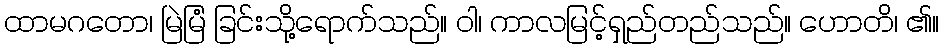
ထာမဂတော၊ မြဲမြံ ခြင်းသို့ရောက်သည်။ ဝါ၊ ကာလမြင့်ရှည်တည်သည်။ ဟောတိ၊ ၏။